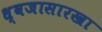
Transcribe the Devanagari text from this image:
ध्वजासारखा